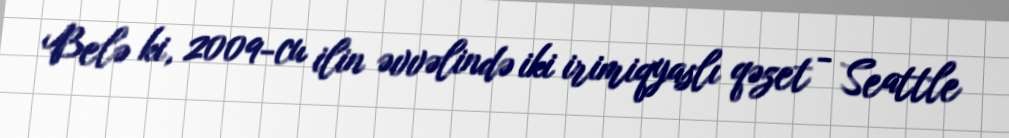
Belə ki, 2009-cu ilin əvvəlində iki irimiqyaslı qəzet - Seattle